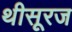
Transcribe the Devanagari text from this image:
थीसूरज